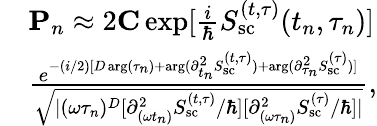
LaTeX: \begin{array}{rl}&{{\mathbf P}_{n}\approx 2{\mathbf C}\exp[{\frac{i}{\hbar}S_{\mathrm{sc}}^{(t,\tau)}(t_{n},\tau_{n})}]}\\ &{\frac{e^{-(i/2)[D\arg(\tau_{n})+\arg({\partial_{t_{n}}^{2}S_{\mathrm{sc}}^{(t,\tau)}})+\arg({\partial_{\tau_{n}}^{2}S_{\mathrm{sc}}^{(\tau)}})]}}{\sqrt{|(\omega\tau_{n})^{D}[{\partial_{(\omega t_{n})}^{2}S_{\mathrm{sc}}^{(t,\tau)}}/\hbar][{\partial_{(\omega\tau_{n})}^{2}S_{\mathrm{sc}}^{(\tau)}}/\hbar]|}},}\end{array}